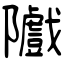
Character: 隵